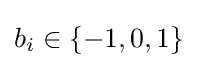
b_{i}\in \{-1,0,1\}